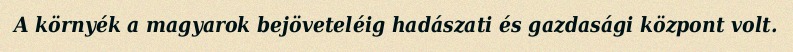
A környék a magyarok bejöveteléig hadászati és gazdasági központ volt.